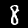
Label: 8